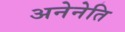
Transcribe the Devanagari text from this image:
अनेनेति